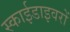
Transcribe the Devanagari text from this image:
स्काईडाइवरों